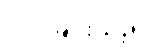
လုပ်ခြင်းသည်